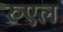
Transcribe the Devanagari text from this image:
रुएल